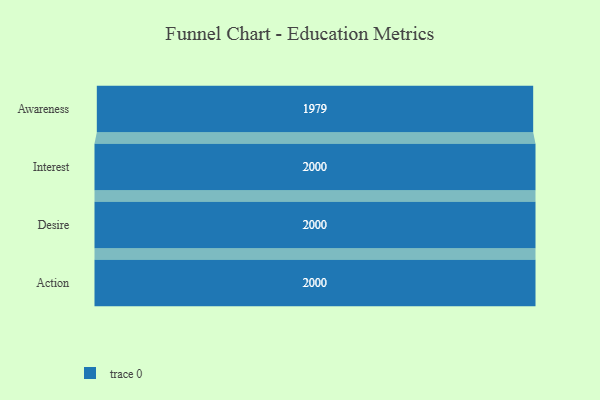
{"axis": {"x": "Stage", "y": "Value"}, "legend": [""], "data": [{"x": "Awareness", "y": 1979.0, "type": ""}, {"x": "Interest", "y": 2000, "type": ""}, {"x": "Desire", "y": 2000, "type": ""}, {"x": "Action", "y": 2000, "type": ""}]}